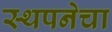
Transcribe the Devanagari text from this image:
स्थपनेचा